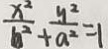
\frac { x ^ { 2 } } { b ^ { 2 } } + \frac { y ^ { 2 } } { a ^ { 2 } } = 1